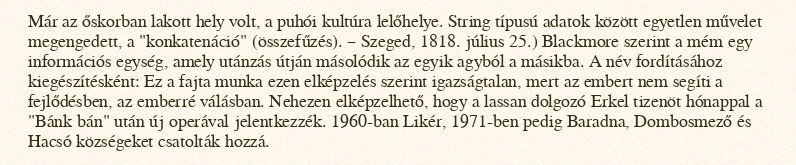
Már az őskorban lakott hely volt, a puhói kultúra lelőhelye. String típusú adatok között egyetlen művelet megengedett, a "konkatenáció" (összefűzés). – Szeged, 1818. július 25.) Blackmore szerint a mém egy információs egység, amely utánzás útján másolódik az egyik agyból a másikba. A név fordításához kiegészítésként: Ez a fajta munka ezen elképzelés szerint igazságtalan, mert az embert nem segíti a fejlődésben, az emberré válásban. Nehezen elképzelhető, hogy a lassan dolgozó Erkel tizenöt hónappal a "Bánk bán" után új operával jelentkezzék. 1960-ban Likér, 1971-ben pedig Baradna, Dombosmező és Hacsó községeket csatolták hozzá.